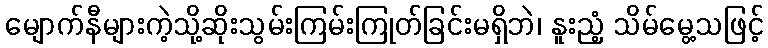
မျောက်နီများကဲ့သို့ဆိုးသွမ်းကြမ်းကြုတ်ခြင်းမရှိဘဲ၊ နူးညံ့ သိမ်မွေ့သဖြင့်